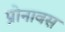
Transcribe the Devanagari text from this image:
प्रोनावस